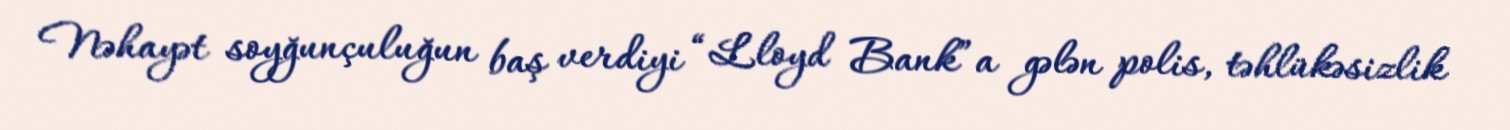
Nəhayət soyğunçuluğun baş verdiyi “Lloyd Bank”a gələn polis, təhlükəsizlik